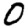
Digit: 0